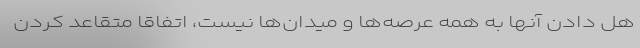
هل دادن آنها به همه عرصه‌ها و میدان‌ها نیست، اتفاقاً متقاعد کردن